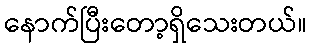
နောက်ပြီးတော့ရှိသေးတယ်။